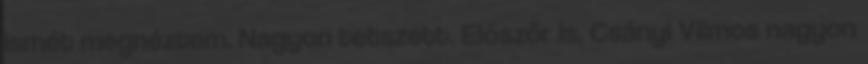
ismét megnéztem. Nagyon tetszett. Először is, Csányi Vilmos nagyon